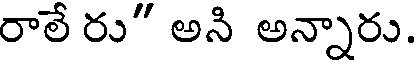
రాలేరు" అని అన్నారు.